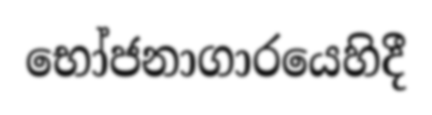
භෝජනාගාරයෙහිදී